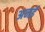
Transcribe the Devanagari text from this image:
अनई